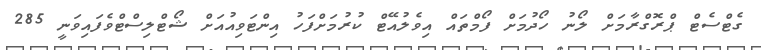
ގެޓްސެޓް ޕްރޮގްރާމަށް ލޯނު ހޯދުމަށް ފޯމްތައް އިވެލުއޭޓް ކުރުމަށްފަހު އިންޓަވިއުއަށް ޝޯޓްލިސްޓްވެފައިވަނީ 285